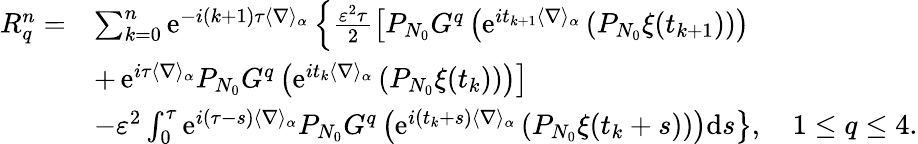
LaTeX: \begin{array}{rl}{{R}_{q}^{n}=}&{\sum_{k=0}^{n}\textrm{e}^{-i(k+1)\tau\langle\nabla\rangle_{\alpha}}\left\{ \frac{\varepsilon^{2}\tau}{2}\left[P_{N_{0}}G^{q}\left(\textrm{e}^{it_{k+1}\langle\nabla\rangle_{\alpha}}\left(P_{N_{0}}\xi(t_{k+1})\right)\right)\right.\right.}\\ &{+\left.\left.\textrm{e}^{i\tau\langle\nabla\rangle_{\alpha}}P_{N_{0}}G^{q}\left(\textrm{e}^{it_{k}\langle\nabla\rangle_{\alpha}}\left(P_{N_{0}}\xi(t_{k})\right)\right)\right]\right.}\\ &{\left.-\varepsilon^{2}\int_{0}^{\tau}\textrm{e}^{i(\tau-s)\langle\nabla\rangle_{\alpha}}P_{N_{0}}G^{q}\left(\textrm{e}^{i(t_{k}+s)\langle\nabla\rangle_{\alpha}}\left(P_{N_{0}}\xi(t_{k}+s)\right)\right)\textrm{d}s\right\} ,\quad 1\leq q\leq 4.}\end{array}